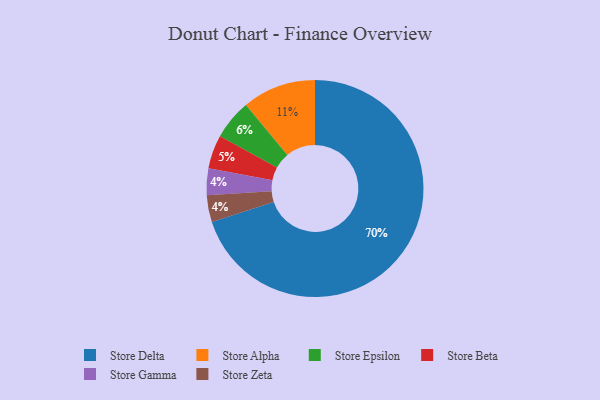
{"axis": {"x": "Category", "y": "Percentage"}, "legend": ["Store Alpha", "Store Beta", "Store Delta", "Store Epsilon", "Store Gamma", "Store Zeta"], "data": [{"x": "Store Gamma", "y": 4, "type": "Store Gamma"}, {"x": "Store Alpha", "y": 11, "type": "Store Alpha"}, {"x": "Store Delta", "y": 70, "type": "Store Delta"}, {"x": "Store Zeta", "y": 4, "type": "Store Zeta"}, {"x": "Store Epsilon", "y": 6, "type": "Store Epsilon"}, {"x": "Store Beta", "y": 5, "type": "Store Beta"}]}